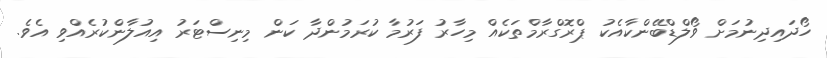
ހޯދައިދިނުމަށް ވޯލްޑްބޭންކާއެކު ޕްރޮގްރާމްތަކެއް މިހާރު ފަރުމާ ކުރަމުންދާ ކަަން މިނިސްޓަރު އިއުލާންކުރެއްވި އެވެ.